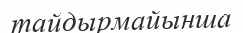
тайдырмайынша